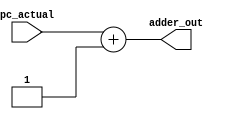
`timescale 1ns / 1ps
//////////////////////////////////////////////////////////////////////////////////
//	Alumnos:
//				 Ortmann, Nestor Javier
// 				 Trejo, Bruno Guillermo
// Year: 		 2018
// Module Name: PC ADDER
//////////////////////////////////////////////////////////////////////////////////
module PC_ADDER
    #(
        parameter len_addr = 11,
        parameter sumando = 1 // Valor con el que se incrementa el PC 
                              // (es 1 porque el largo del registro es 16, igual al largo de la instruccion)
    )
    (
        input [len_addr - 1 : 0] pc_actual, // salida del PC, instruccion que se leyo

        output reg [len_addr - 1 : 0] adder_out
    );

    /*
        Cada vez que se incrementa la entrada (pc_actual), se la incrementa de nuevo.
        el incremento se habilita por: .el pc_adder, el enable, y el clock.
    */
    always@(*) 
    begin      
      adder_out = pc_actual + sumando;
    end

endmodule